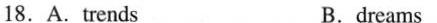
18.A.trends